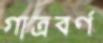
গাত্রবর্ণ